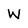
Character: W